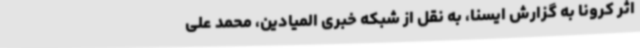
اثر کرونا به گزارش ایسنا، به نقل از شبکه خبری المیادین، محمد علی